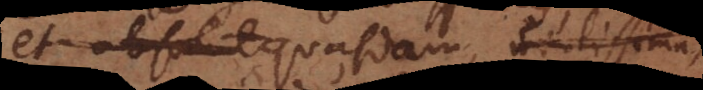
et absolut quasdam, utilissimas